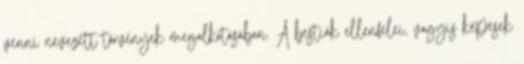
venni nevezett törvények megalkotásában. A bestiák ellenfelei, vagyis képesek